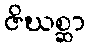
ဇိဃစ္ဆာ